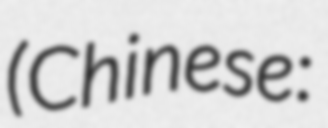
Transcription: (Chinese: